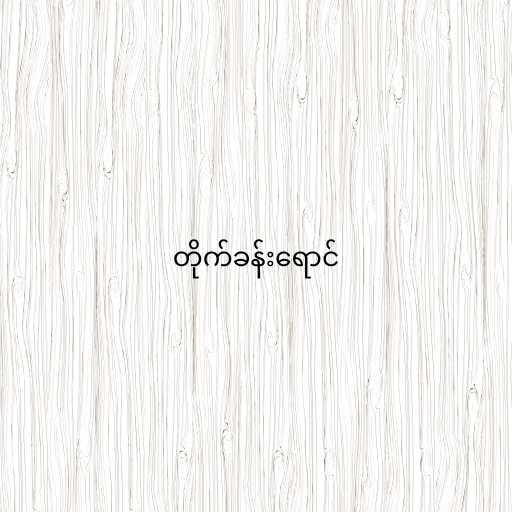
တိုက်ခန်းရောင်